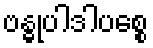
ဗန္ဓုပါဒါပစ္စေ